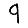
Digit: 9